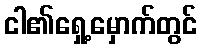
ငါ၏ရှေ့မှောက်တွင်